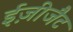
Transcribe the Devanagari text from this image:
ईज़ीजैट